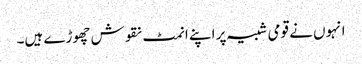
انہوں نے قومی شبیہ پر اپنے انمٹ نقوش چھوڑے ہیں۔